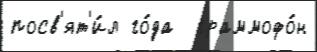
посв'ят'и́л го́да  граммофо́н